Statistics compiled by the Government of India from the reports of provincial Civil Veterinary Departments
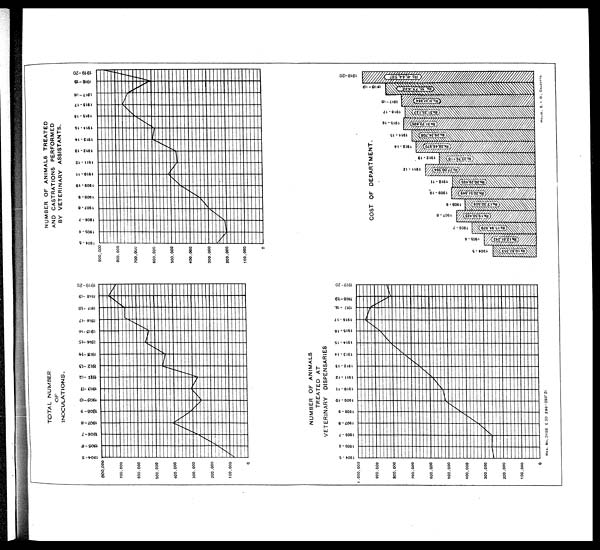
TOTAL NUMBER
OF
INOCULATIONS.
NUMBER OF ANIMALS TREATED
AND CASTRATIONS PERFORMED
BY VETERINARY
ASSISTANTS.
NUMBER OF ANIMALS
TREATED AT
VETERINARY
DISPENSARIES
COST OF DEPARTMENT.